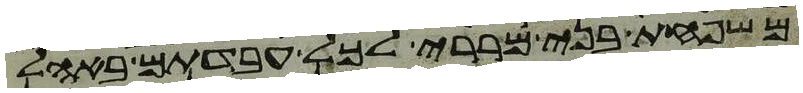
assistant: משפחת בני מררי לכל עבדתם באהל